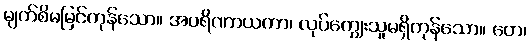
မျက်စိမမြင်ကုန်သော။ အပရိဏာယကာ၊ လုပ်ကျွေးသူမရှိကုန်သော။ တေ၊